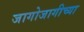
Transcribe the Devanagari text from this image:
जागोजागीच्या